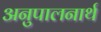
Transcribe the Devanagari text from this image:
अनुपालनार्थ